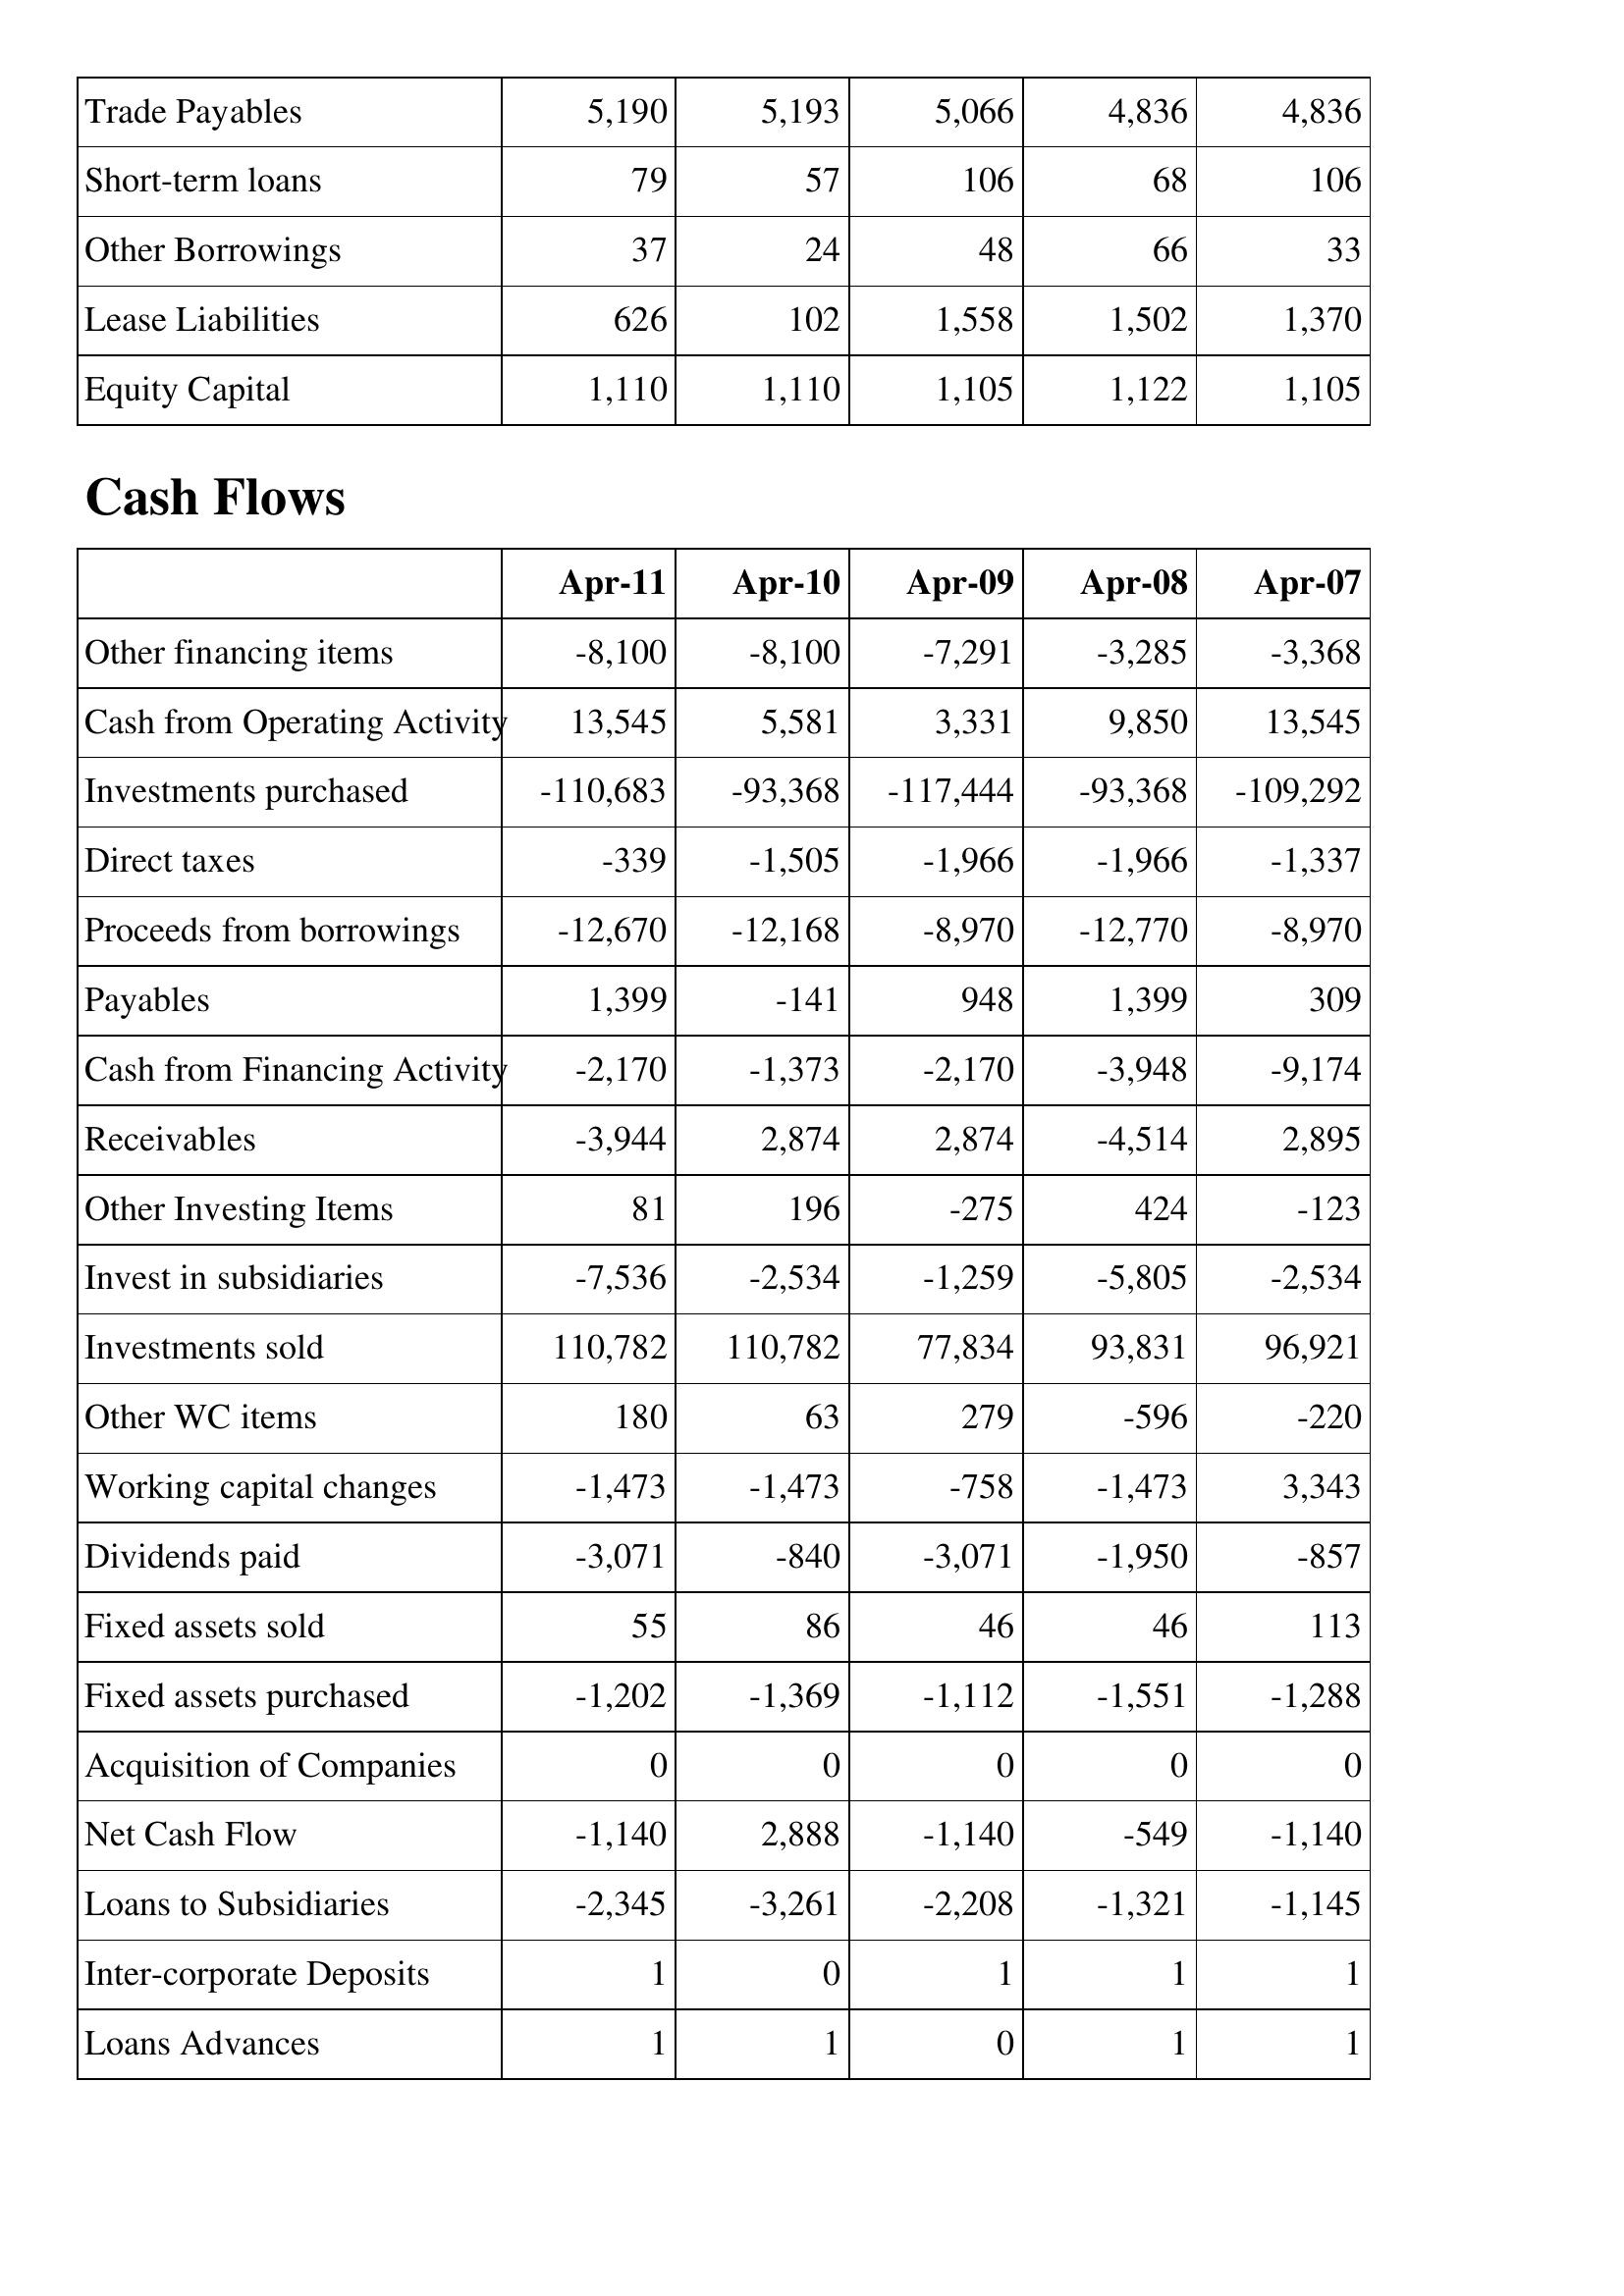
Apr-11: Balance Sheet: Trade Payables: 5,190
Short-term loans: 79
Other Borrowings: 37
Lease Liabilities: 626
Equity Capital: 1,110
Cash Flows: Other financing items: -8,100
Cash from Operating Activity: 13,545
Investments purchased: -110,683
Direct taxes: -339
Proceeds from borrowings: -12,670
Payables: 1,399
Cash from Financing Activity: -2,170
Receivables: -3,944
Other Investing Items: 81
Invest in subsidiaries: -7,536
Investments sold: 110,782
Other WC items: 180
Working capital changes: -1,473
Dividends paid: -3,071
Fixed assets sold: 55
Fixed assets purchased: -1,202
Acquisition of Companies: 0
Net Cash Flow: -1,140
Loans to Subsidiaries: -2,345
Inter-corporate Deposits: 1
Loans Advances: 1
Apr-10: Balance Sheet: Trade Payables: 5,193
Short-term loans: 57
Other Borrowings: 24
Lease Liabilities: 102
Equity Capital: 1,110
Cash Flows: Other financing items: -8,100
Cash from Operating Activity: 5,581
Investments purchased: -93,368
Direct taxes: -1,505
Proceeds from borrowings: -12,168
Payables: -141
Cash from Financing Activity: -1,373
Receivables: 2,874
Other Investing Items: 196
Invest in subsidiaries: -2,534
Investments sold: 110,782
Other WC items: 63
Working capital changes: -1,473
Dividends paid: -840
Fixed assets sold: 86
Fixed assets purchased: -1,369
Acquisition of Companies: 0
Net Cash Flow: 2,888
Loans to Subsidiaries: -3,261
Inter-corporate Deposits: 0
Loans Advances: 1
Apr-09: Balance Sheet: Trade Payables: 5,066
Short-term loans: 106
Other Borrowings: 48
Lease Liabilities: 1,558
Equity Capital: 1,105
Cash Flows: Other financing items: -7,291
Cash from Operating Activity: 3,331
Investments purchased: -117,444
Direct taxes: -1,966
Proceeds from borrowings: -8,970
Payables: 948
Cash from Financing Activity: -2,170
Receivables: 2,874
Other Investing Items: -275
Invest in subsidiaries: -1,259
Investments sold: 77,834
Other WC items: 279
Working capital changes: -758
Dividends paid: -3,071
Fixed assets sold: 46
Fixed assets purchased: -1,112
Acquisition of Companies: 0
Net Cash Flow: -1,140
Loans to Subsidiaries: -2,208
Inter-corporate Deposits: 1
Loans Advances: 0
Apr-08: Balance Sheet: Trade Payables: 4,836
Short-term loans: 68
Other Borrowings: 66
Lease Liabilities: 1,502
Equity Capital: 1,122
Cash Flows: Other financing items: -3,285
Cash from Operating Activity: 9,850
Investments purchased: -93,368
Direct taxes: -1,966
Proceeds from borrowings: -12,770
Payables: 1,399
Cash from Financing Activity: -3,948
Receivables: -4,514
Other Investing Items: 424
Invest in subsidiaries: -5,805
Investments sold: 93,831
Other WC items: -596
Working capital changes: -1,473
Dividends paid: -1,950
Fixed assets sold: 46
Fixed assets purchased: -1,551
Acquisition of Companies: 0
Net Cash Flow: -549
Loans to Subsidiaries: -1,321
Inter-corporate Deposits: 1
Loans Advances: 1
Apr-07: Balance Sheet: Trade Payables: 4,836
Short-term loans: 106
Other Borrowings: 33
Lease Liabilities: 1,370
Equity Capital: 1,105
Cash Flows: Other financing items: -3,368
Cash from Operating Activity: 13,545
Investments purchased: -109,292
Direct taxes: -1,337
Proceeds from borrowings: -8,970
Payables: 309
Cash from Financing Activity: -9,174
Receivables: 2,895
Other Investing Items: -123
Invest in subsidiaries: -2,534
Investments sold: 96,921
Other WC items: -220
Working capital changes: 3,343
Dividends paid: -857
Fixed assets sold: 113
Fixed assets purchased: -1,288
Acquisition of Companies: 0
Net Cash Flow: -1,140
Loans to Subsidiaries: -1,145
Inter-corporate Deposits: 1
Loans Advances: 1